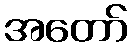
အတော်